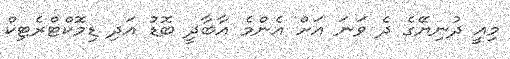
މިއީ ދުނިޔޭގެ ދެ ވަނަ އަށް އެންމެ އާބާދީ ބޮޑު އަދި ޑިމޮކްޓްރެޓިކް